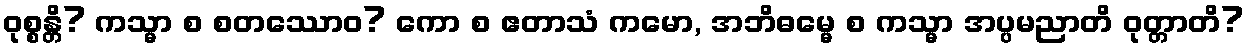
ဝုစ္စန္တိ? ကသ္မာ စ စတဿောဝ? ကော စ ဧတာသံ ကမော, အဘိဓမ္မေ စ ကသ္မာ အပ္ပမညာတိ ဝုတ္တာတိ?